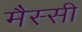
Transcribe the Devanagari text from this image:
मैस्सी